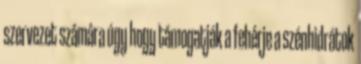
szervezet számára úgy hogy támogatják a fehérje a szénhidrátok